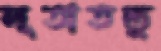
লূতাতন্তু